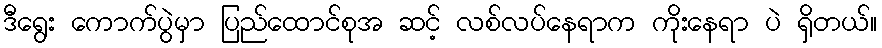
ဒီရွေး ကောက်ပွဲမှာ ပြည်ထောင်စုအ ဆင့် လစ်လပ်နေရာက ကိုးနေရာ ပဲ ရှိတယ်။